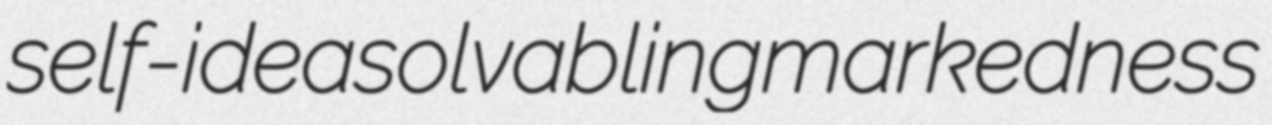
self-idea solvabling markedness